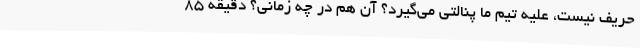
حریف نیست، علیه تیم ما پنالتی می‌گیرد؟ آن هم در چه زمانی؟ دقیقه 85